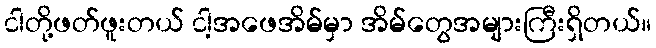
ငါတို့ဖတ်ဖူးတယ် ငါ့အဖေအိမ်မှာ အိမ်တွေအများကြီးရှိတယ်။